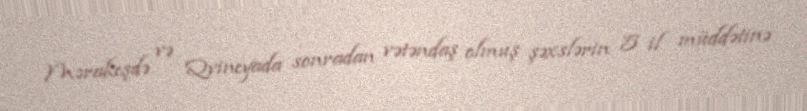
Mərakeşdə və Qvineyada sonradan vətəndaş olmuş şəxslərin 5 il müddətinə